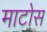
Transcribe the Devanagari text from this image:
माटोस